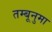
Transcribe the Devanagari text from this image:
तम्बूनुमा